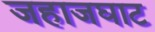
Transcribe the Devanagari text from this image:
जहाजघाट